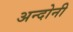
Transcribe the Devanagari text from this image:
अन्दोनी